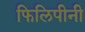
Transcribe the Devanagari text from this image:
फिलिपीनी